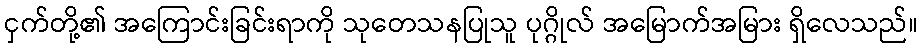
ငှက်တို့၏ အကြောင်းခြင်းရာကို သုတေသနပြုသူ ပုဂ္ဂိုလ် အမြောက်အမြား ရှိလေသည်။